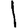
Digit: 1